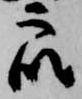
衆